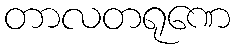
တာလတရုဏေ